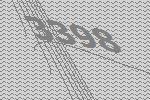
3398